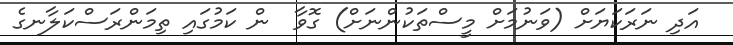
އަދި ނަރަކަޔަށް (ވަނުމަށް މީސްތަކުންނަށް) ގޮވާ  ން ކަމުގައި ތިމަންރަސްކަލާނގެ